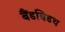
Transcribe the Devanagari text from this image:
बैंडबिडथ